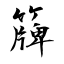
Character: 簰